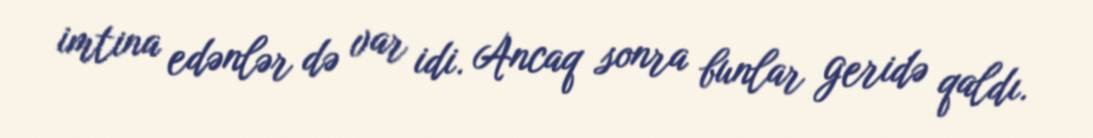
imtina edənlər də var idi. Ancaq sonra bunlar geridə qaldı.